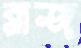
রাজ